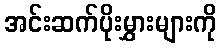
အင်းဆက်ပိုးမွှားများကို